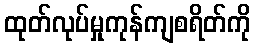
ထုတ်လုပ်မှုကုန်ကျစရိတ်ကို